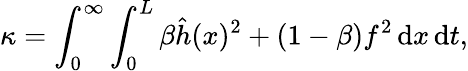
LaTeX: \kappa=\int_{0}^{\infty}\int_{0}^{L}\beta\hat{h}(x)^{2}+(1-\beta)f^{2}\mathop{}\! \mathrm{d}x\mathop{}\! \mathrm{d}t,